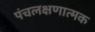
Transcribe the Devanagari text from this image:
पंचलक्षणात्मक